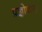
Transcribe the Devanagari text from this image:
प्रज्ञोपाय